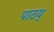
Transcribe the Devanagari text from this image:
पाठय्